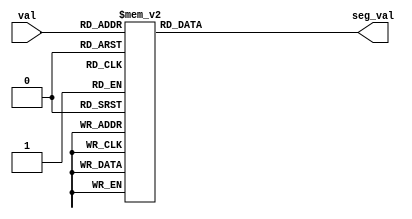
module seven_seg_mux (
    input  [3:0] val,
    output reg [7:0] seg_val
);

always @(val)
begin
    case (val)
        4'b0000 : seg_val = 7'h40;
        4'b0001 : seg_val = 7'h79;
        4'b0010 : seg_val = 7'h24;
        4'b0011 : seg_val = 7'h30;
        4'b0100 : seg_val = 7'h19;
        4'b0101 : seg_val = 7'h12;
        4'b0110 : seg_val = 7'h02;
        4'b0111 : seg_val = 7'h78;
        4'b1000 : seg_val = 7'h00;
        4'b1001 : seg_val = 7'h18;
        4'b1010 : seg_val = 7'h08;
        4'b1011 : seg_val = 7'h03;
        4'b1100 : seg_val = 7'h46;
        4'b1101 : seg_val = 7'h21;
        4'b1110 : seg_val = 7'h06;
        4'b1111 : seg_val = 7'h0E;
    endcase
end
    
endmodule